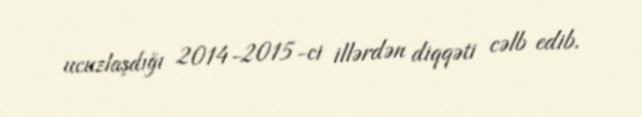
ucuzlaşdığı 2014-2015-ci illərdən diqqəti cəlb edib.